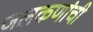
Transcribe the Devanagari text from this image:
जलकणांची